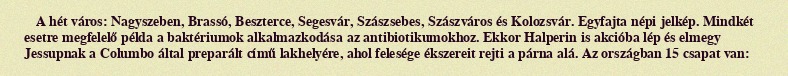
A hét város: Nagyszeben, Brassó, Beszterce, Segesvár, Szászsebes, Szászváros és Kolozsvár. Egyfajta népi jelkép. Mindkét esetre megfelelő példa a baktériumok alkalmazkodása az antibiotikumokhoz. Ekkor Halperin is akcióba lép és elmegy Jessupnak a Columbo által preparált című lakhelyére, ahol felesége ékszereit rejti a párna alá. Az országban 15 csapat van: